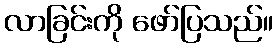
လာခြင်းကို ဖော်ပြသည်။